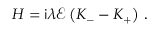
H = \mathsf { i } \lambda \mathcal { E } \left( K _ { - } - K _ { + } \right) \, .